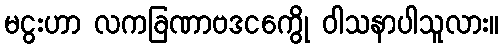
မငွးဟာ လကခြဏာဗဒငကွေို ဝါသနာပါသူလား။